Annual report of the Imperial Bacteriologist
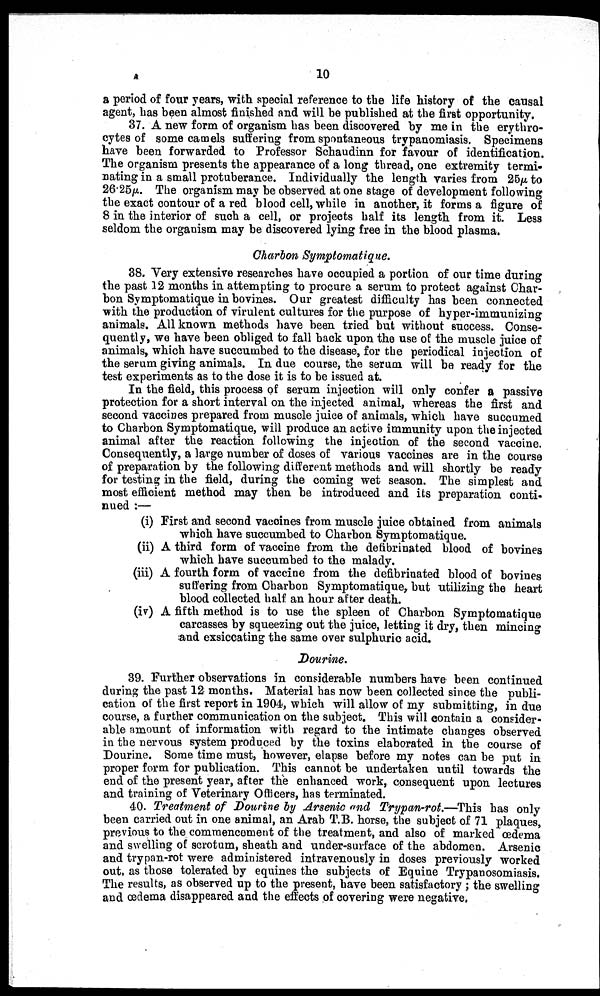
10
a period of four years, with special reference to the life history of the causal
agent, has been almost finished and will be published at the first opportunity.
37. A new form of organism has been discovered by me in the erythro
cytes of some camels suffering from spontaneous trypanomiasis. Specimens
have been forwarded to Professor Schaudinn for favour of identification.
The organism presents the appearance of a long thread, one extremity termi
nating in a small protuberance. Individually the length varies from 25µ to
26.25μ. The organism may be observed at one stage of development following
the exact contour of a red blood cell, while in another, it forms a figure of
8 in the interior of such a cell, or projects half its length from it. Less
seldom the organism may be discovered lying free in the blood plasma.
Charbon Symptomatique.
38. Very extensive researches have occupied a portion of our time during
the past 12 months in attempting to procure a serum to protect against Char
bon Symptomatique in bovines. Our greatest difficulty has been connected
with the production of virulent cultures for the purpose of hyper-immunizing
animals. All known methods have been tried but without success. Conse
quently, we have been obliged to fall back upon the use of the muscle juice of
animals, which have succumbed to the disease, for the periodical injection of
the serum giving animals. In due course, the serum will be ready for the
test experiments as to the dose it is to be issued at.
In the field, this process of serum injection will only confer a passive
protection for a short interval on the injected animal, whereas the first and
second vaccines prepared from muscle juice of animals, which have succumed
to Charbon Symptomatique, will produce an active immunity upon the injected
animal after the reaction following the injection of the second vaccine.
Consequently, a large number of doses of various vaccines are in the course
of preparation by the following different methods and will shortly be ready
for testing in the field, during the coming wet season. The simplest and
most efficient method may then be introduced and its preparation conti
nued :—
(i) First and second vaccines from muscle juice obtained from animals
which have succumbed to Charbon Symptomatique.
(ii) A third form of vaccine from the defibrinated blood of bovines
which have succumbed to the malady.
(iii) A fourth form of vaccine from the defibrinated blood of bovines
suffering from Charbon Symptomatique, but utilizing the heart
blood collected half an hour after death.
(iv) A fifth method is to use the spleen of Charbon Symptomatique
carcasses by squeezing out the juice, letting it dry, then mincing
and exsiccating the same over sulphuric acid.
Dourine.
39. Further observations in considerable numbers have been continued
during the past 12 months. Material has now been collected since the publi
cation of the first report in 1904, which will allow of my submitting, in due
course, a further communication on the subject. This will contain a consider
able amount of information with regard to the intimate changes observed
in the nervous system produced by the toxins elaborated in the course of
Dourine. Some time must, however, elapse before my notes can be put in
proper form for publication. This cannot be undertaken until towards the
end of the present year, after the enhanced work, consequent upon lectures
and training of Veterinary Officers, has terminated.
40. Treatment of Dourine by Arsenic and Trypan-rot.—This has only
been carried out in one animal, an Arab T.B. horse, the subject of 71 plaques,
previous to the commencement of the treatment, and also of marked œdema
and swelling of scrotum, sheath and under-surface of the abdomen. Arsenic
and trypan-rot were administered intravenously in doses previously worked
out, as those tolerated by equines the subjects of Equine Trypanosomiasis.
The results, as observed up to the present, have been satisfactory ; the swelling
and œdema disappeared and the effects of covering were negative.